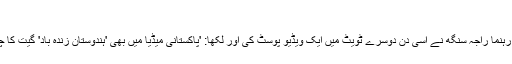
'
خیال رہے کہ بی جے پی رہنما راجہ سنگھ نے اسی دن دوسرے ٹویٹ میں ایک ویڈیو پوسٹ کی اور لکھا: 'پاکستانی میڈیا میں بھی 'ہندوستان زندہ باد' گیت کا چرچا دیکھ کر خوشی ہوئی۔